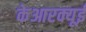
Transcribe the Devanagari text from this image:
केआरक्यूई